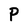
Character: P